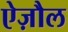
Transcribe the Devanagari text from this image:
ऐज़ौल